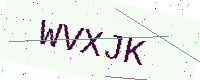
Text: WVXJK